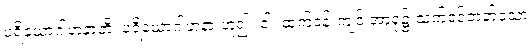
ပရိယောဂါဟနာတိ၊ ပရိယောဂါဟနာ ဟူ၍။ ဝါ၊ ထက်ဝန်းကျင် အာရုံ၌ သက်ဝင်တတ်သော